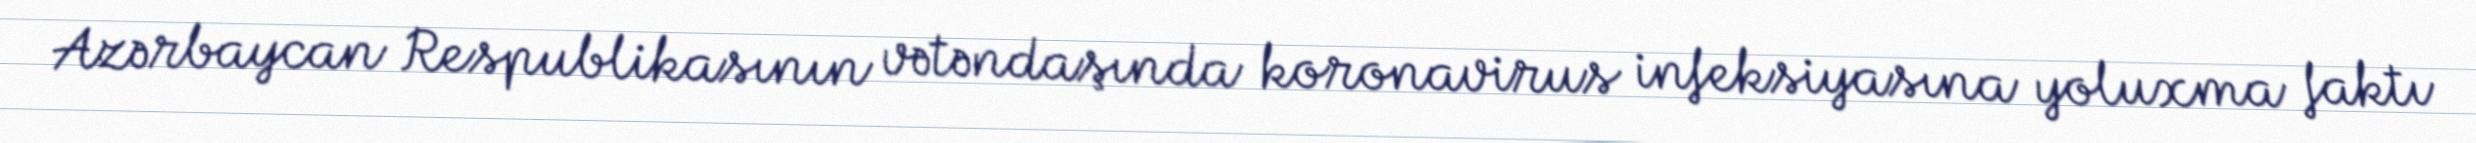
Azərbaycan Respublikasının vətəndaşında koronavirus infeksiyasına yoluxma faktı